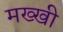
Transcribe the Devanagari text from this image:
मख्खी